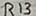
Text: R13